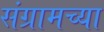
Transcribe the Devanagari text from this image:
संग्रामच्या